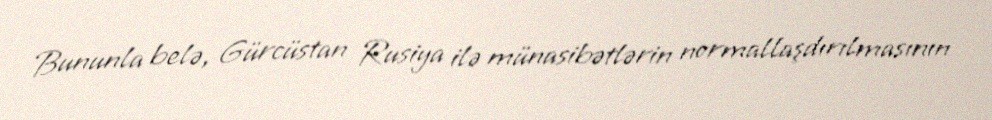
Bununla belə, Gürcüstan Rusiya ilə münasibətlərin normallaşdırılmasının